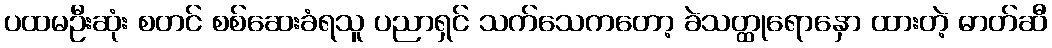
ပထမဦးဆုံး စတင် စစ်ဆေးခံရသူ ပညာရှင် သက်သေကတော့ ခဲသတ္ထုရောနှော ထားတဲ့ ဓာတ်ဆီ